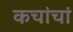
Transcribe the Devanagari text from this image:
कचांचां